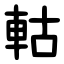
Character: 軲